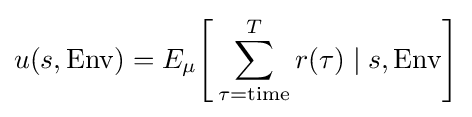
u(s,\mathrm {Env} )=E_{\mu }{\Bigg [}\sum _{\tau ={\text{time}}}^{T}r(\tau )\mid s,\mathrm {Env} {\Bigg ]}